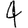
Digit: 4